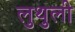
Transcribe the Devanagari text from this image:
लुथुली